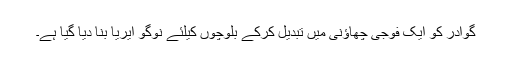
گوادر کو ایک فوجی چھاؤنی میں تبدیل کرکے بلوچوں کیلئے نوگو ایریا بنا دیا گیا ہے۔